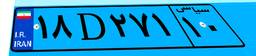
۱۸D۰۲۳۲۴